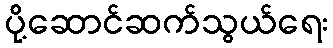
ပို့ဆောင်ဆက်သွယ်ရေး